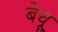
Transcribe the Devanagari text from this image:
बेचू